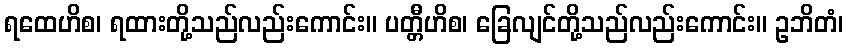
ရထေဟိစ၊ ရထားတို့သည်လည်းကောင်း။ ပတ္တီဟိစ၊ ခြေလျင်တို့သည်လည်းကောင်း။ ဥဘိတံ၊